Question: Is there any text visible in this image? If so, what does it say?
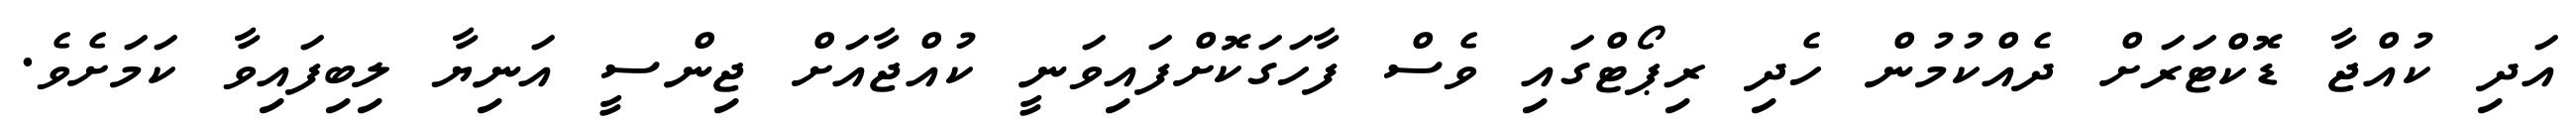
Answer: އަދި ކުއްޖާ ޑޮކްޓަރަށް ދެއްކުމުން ހެދި ރިޕޯޓްގައި ވެސް ފާހަގަކޮށްފައިވަނީ ކުއްޖާއަށް ޖިންސީ އަނިޔާ ލިބިފައިވާ ކަމަށެވެ.